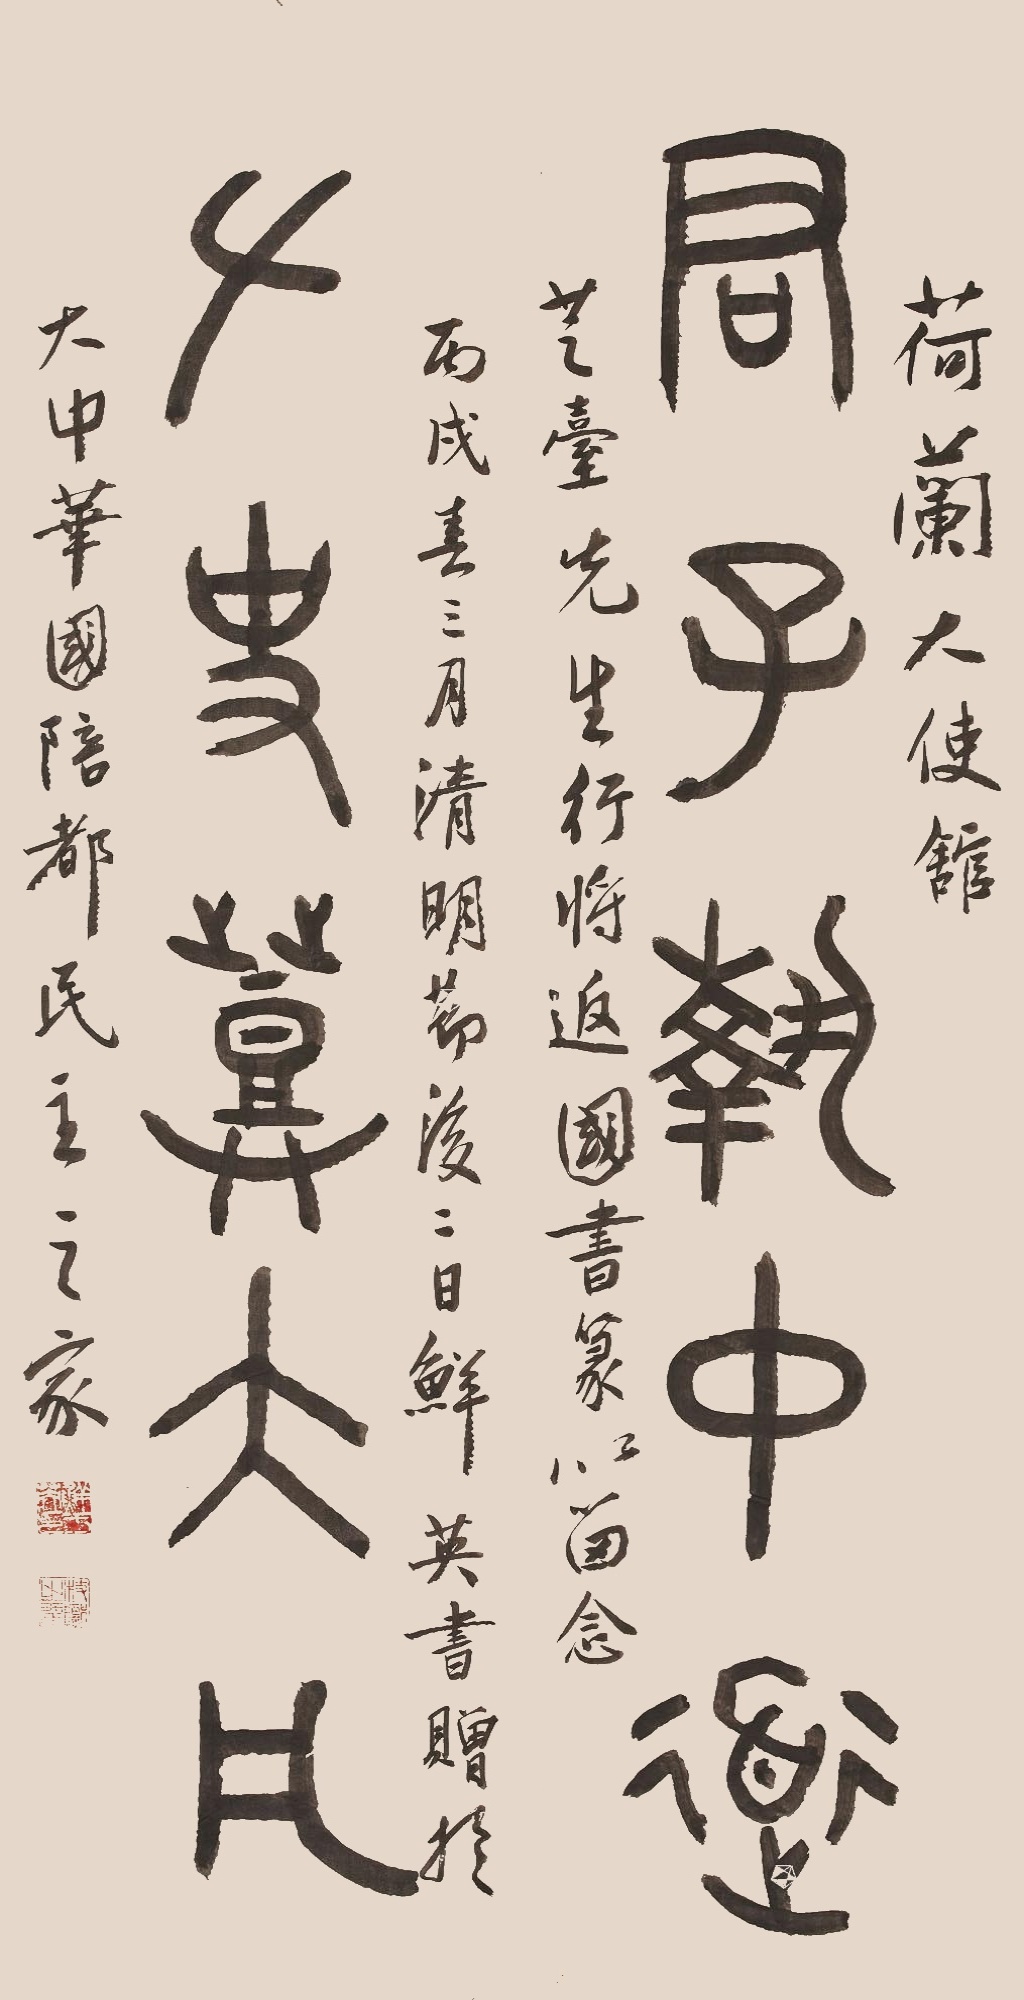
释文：君子执中道，左史登大凡。荷兰大使馆芝台先生行将返国书篆以留念。丙戌（1946年）春三月清明节后二日鲜英书赠于大中华国陪都民主之家。